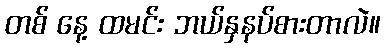
တစ် နေ့ ထမင်း ဘယ်နှနပ်စားတာလဲ။